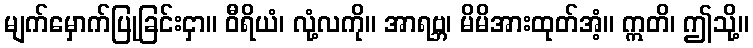
မျက်မှောက်ပြုခြင်းငှာ။ ဝီရိယံ၊ လုံ့လကို။ အာရဗ္ဘ၊ မိမိအားထုတ်အံ့။ ဣတိ၊ ဤသို့။